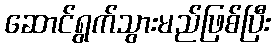
ဆောင်ရွက်သွားမည်ဖြစ်ပြီး